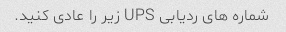
شماره های ردیابی UPS زیر را عادی کنید.